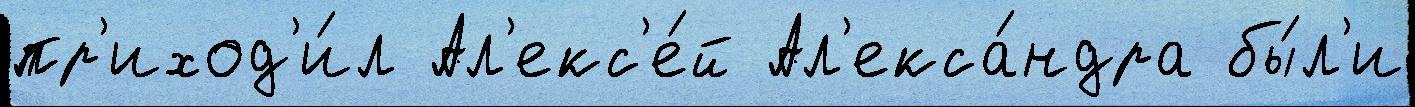
пр'иход'и́л Ал'екс'е́й Ал'екса́ндра бы́л'и